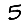
Digit: 5